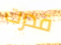
قدرت